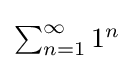
\textstyle \sum _{n=1}^{\infty }1^{n}